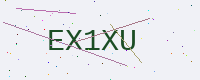
Text: EX1XU